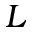
L